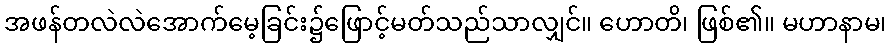
အဖန်တလဲလဲအောက်မေ့ခြင်း၌ဖြောင့်မတ်သည်သာလျှင်။ ဟောတိ၊ ဖြစ်၏။ မဟာနာမ၊